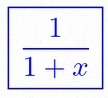
\frac{1}{1+x}